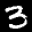
Label: 3